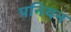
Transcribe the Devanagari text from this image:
पनियन